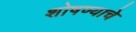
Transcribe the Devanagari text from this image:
शोषण्याचे